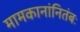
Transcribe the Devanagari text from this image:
मामकानांनितंबः